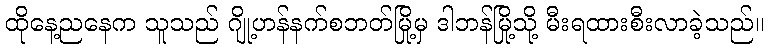
ထိုနေ့ညနေက သူသည် ဂျို့ဟန်နက်စဘတ်မြို့မှ ဒါဘန်မြို့သို့ မီးရထားစီးလာခဲ့သည်။